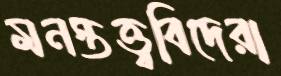
মনস্তত্ত্ববিদেরা